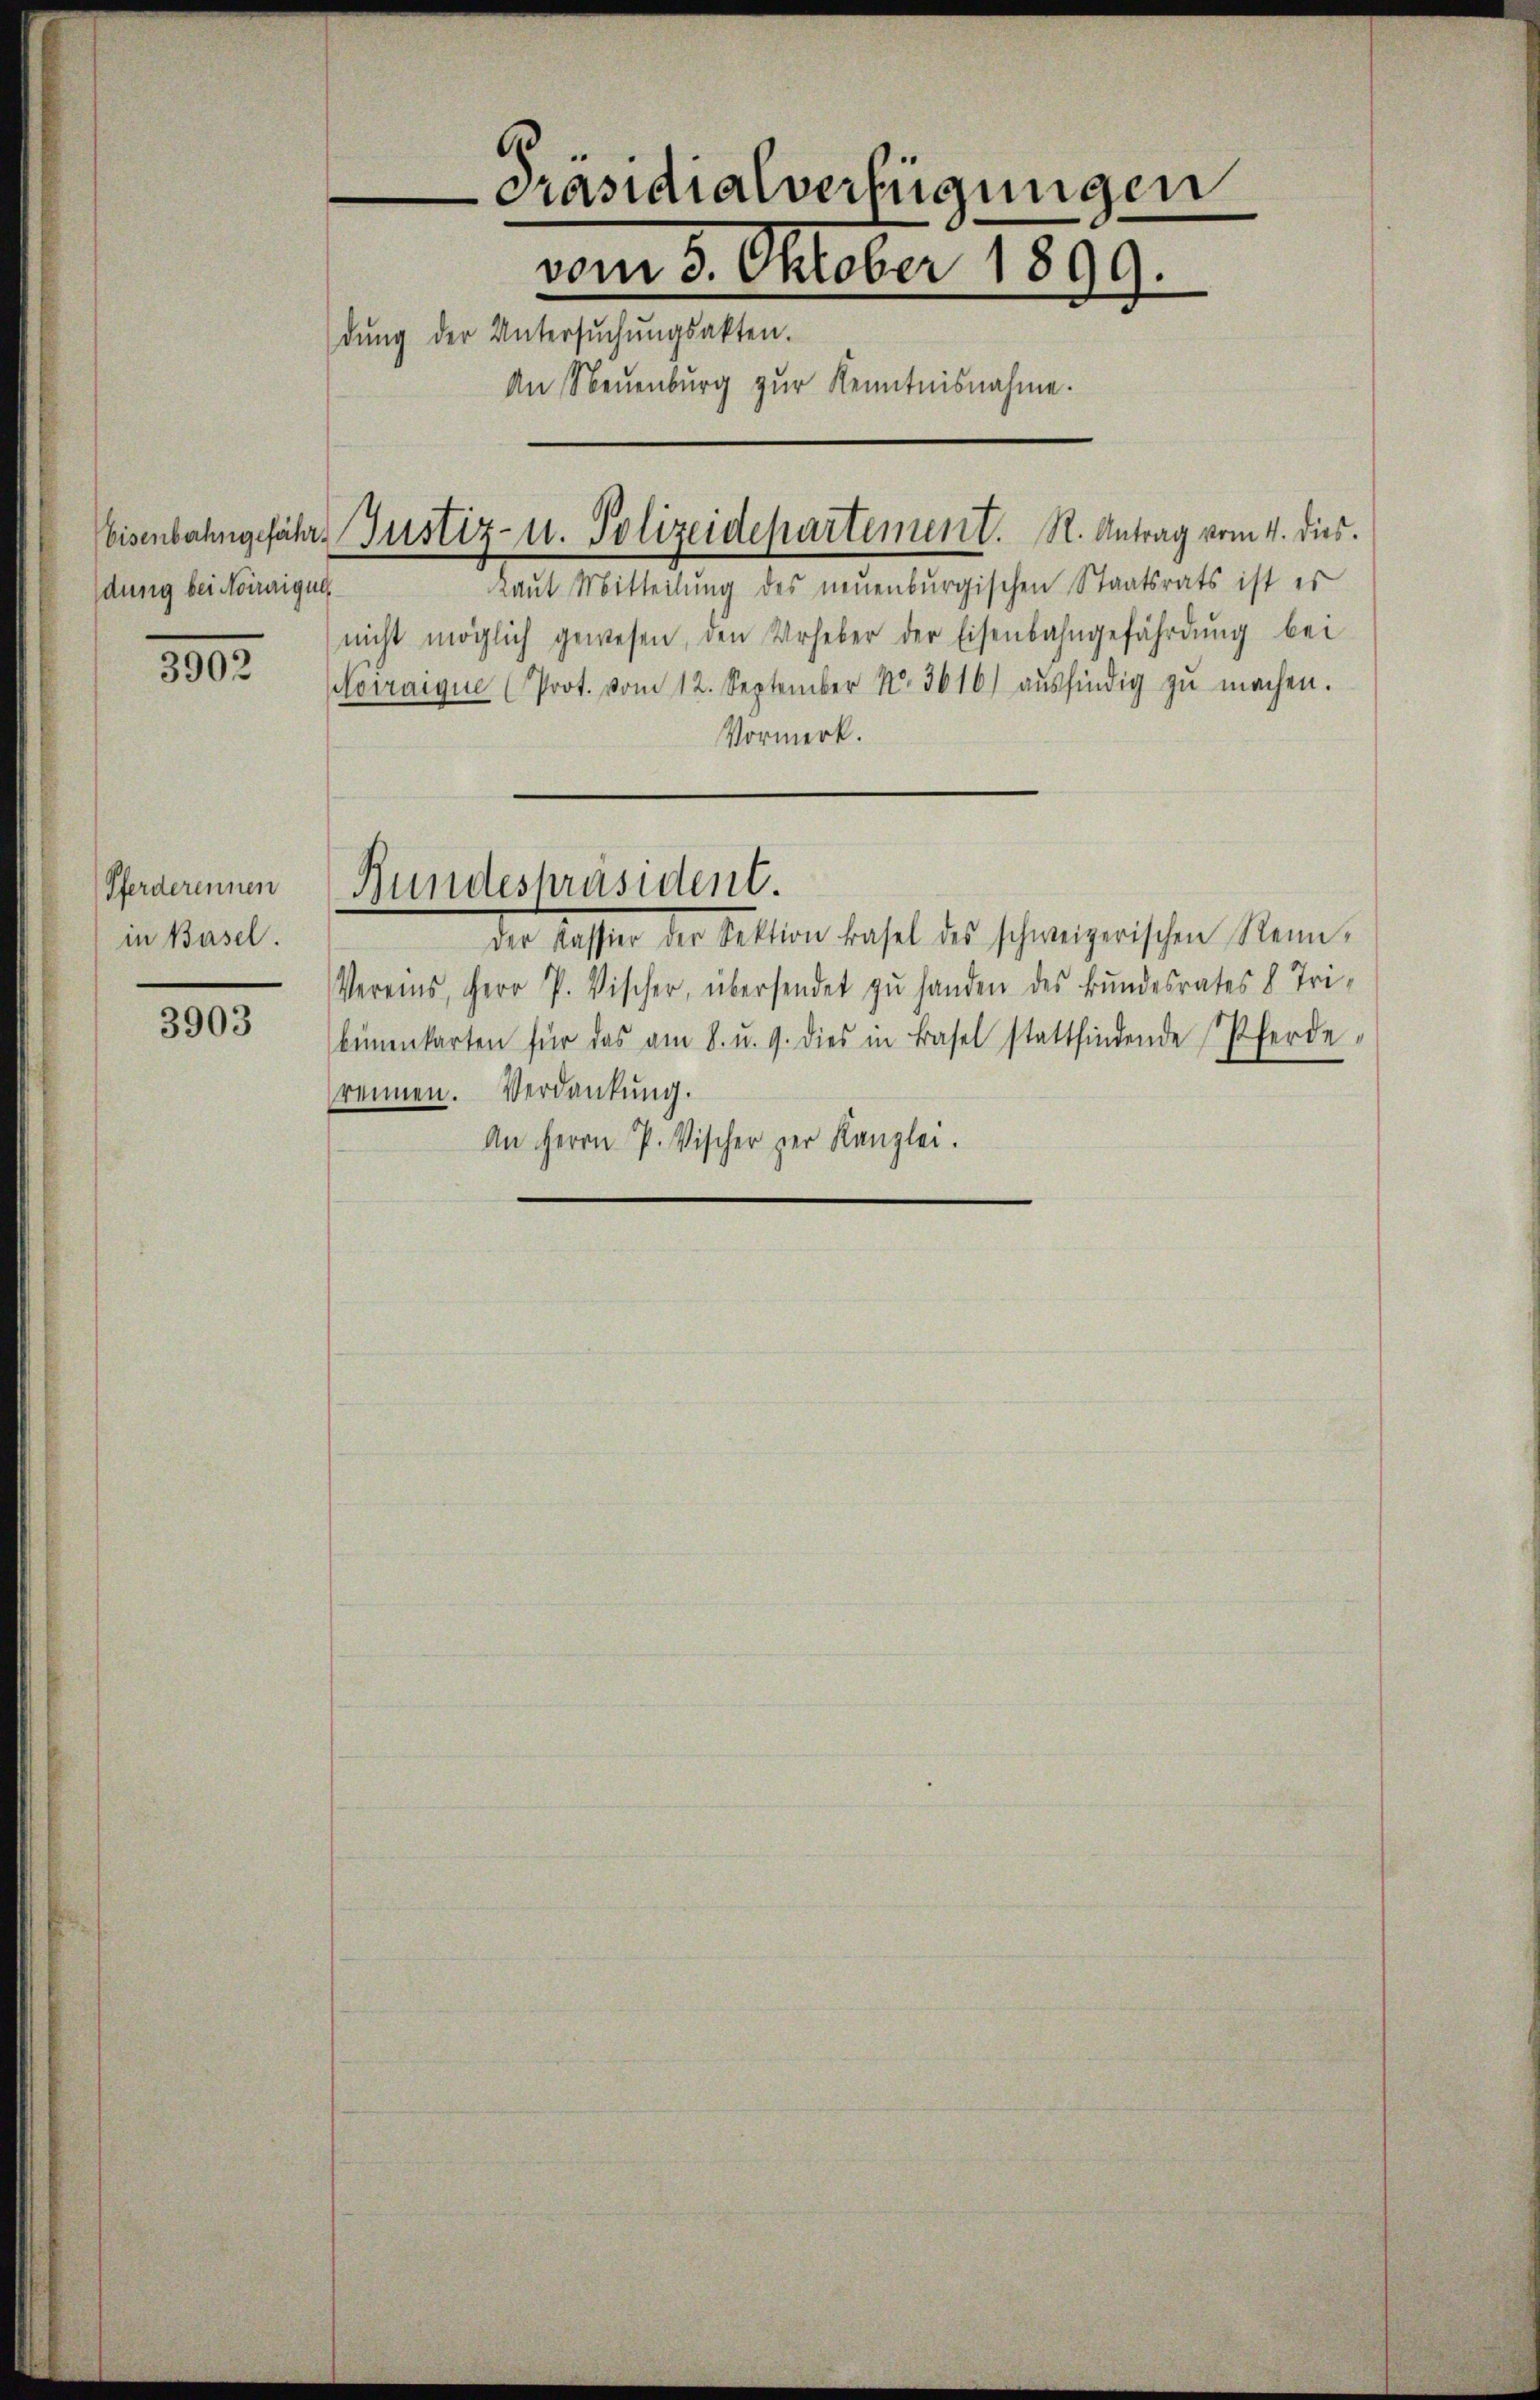
dung bei Noiraigul

3902

Pferderennen
in Basel.

3903

Präsidialverfügungen
vom 3. Oktober 1899.
dŭng der Untersŭchŭngsakten.
An Neuenburg zur Kenntnisnahme.

Laut Mitteilŭng des neuenburgischen Staatsrats ist er
nicht möglich gewesen, den Urheber der Eisenbahngefährdŭng bei
Noiraique (Prot. vom 12. September N. 3616 aŭsfindig zŭ machen.
Vormerk.
Bundespräsident.
der Kassen der Section fachel des schweizerischen Manne.
Vereins, Herr P. Vischer, übersendet zŭ handen des Bundesrates 8. Tri-
binenkarten für das am 8. u. 9. dies in Basel stattfindende Pferde-
rennen. Verdankung.
An Herrn P. Vischer zur Kanzlei.

Eisenbahngefähr Justiz- u. Polizeidepartement. R. Antrag vom 4. dies